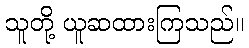
သူတို့ ယူဆထားကြသည်။